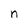
Character: n